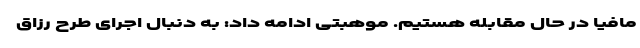
مافیا در حال مقابله هستیم. موهبتی ادامه داد: به دنبال اجرای طرح رزاق